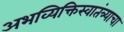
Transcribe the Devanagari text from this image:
अभव्यिक्तिस्वातंत्र्याचा